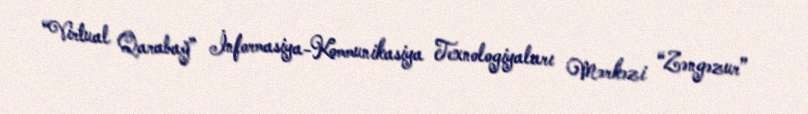
“Virtual Qarabağ” İnformasiya-Kommunikasiya Texnologiyaları Mərkəzi “Zəngəzur”